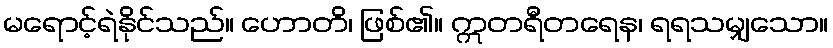
မရောင့်ရဲနိုင်သည်။ ဟောတိ၊ ဖြစ်၏။ ဣတရီတရေန၊ ရရသမျှသော။